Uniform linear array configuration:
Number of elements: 48
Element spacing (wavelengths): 1
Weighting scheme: cosine
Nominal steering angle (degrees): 60
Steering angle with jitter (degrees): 61.558
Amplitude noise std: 0.05
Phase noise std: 0.05

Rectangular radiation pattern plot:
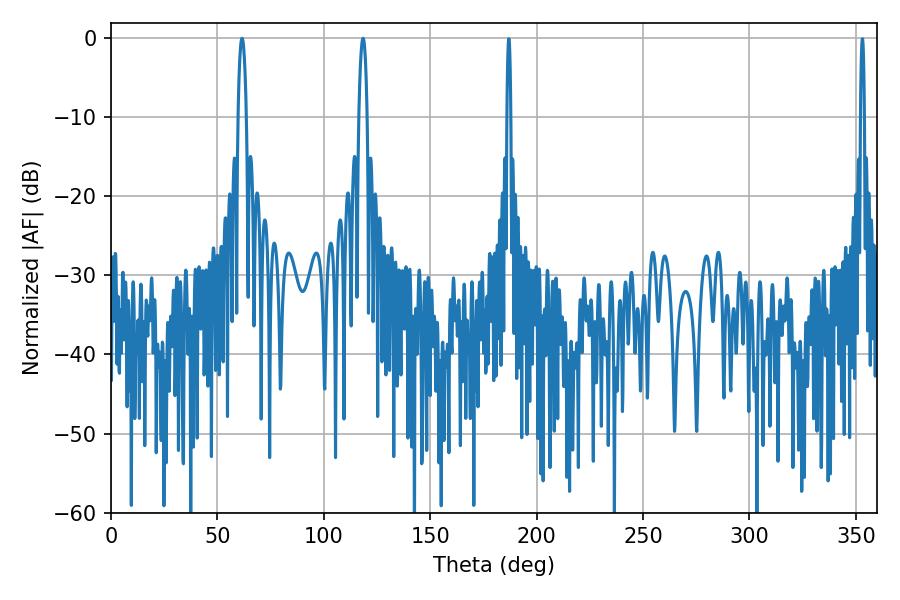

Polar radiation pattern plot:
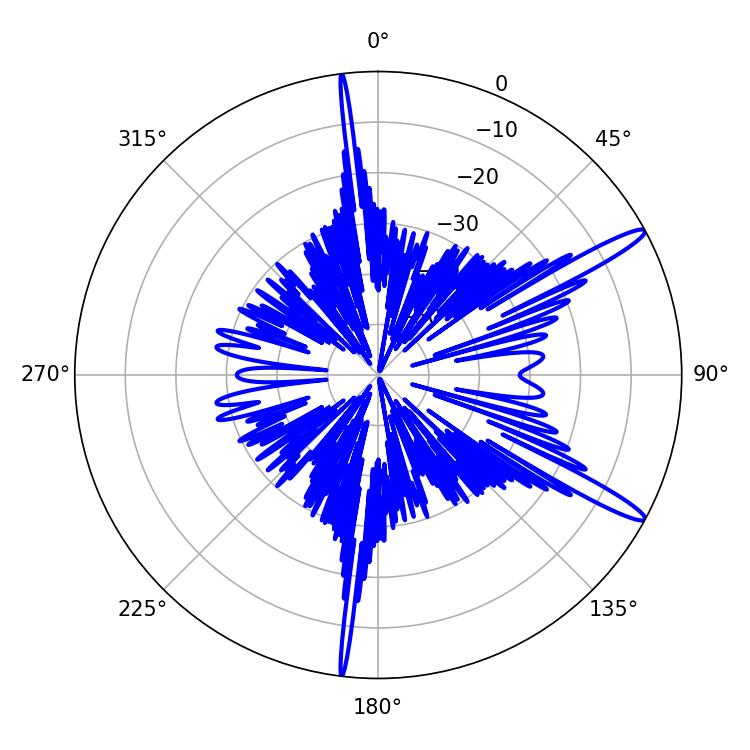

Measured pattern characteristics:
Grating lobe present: TRUE
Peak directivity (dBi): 14.439
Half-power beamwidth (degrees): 2.16
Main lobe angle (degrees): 61.56